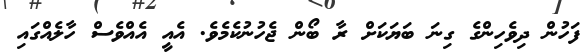
ފަހުން ދިވެހިންގެ ގިނަ ބަޔަކަށް ރާ ބޯން ޖެހުނުކެމެވެ. އެއީ އެއްވެސް ހާލެއްގައި